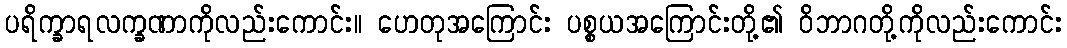
ပရိက္ခာရလက္ခဏာကိုလည်းကောင်း။ ဟေတုအကြောင်း ပစ္စယအကြောင်းတို့၏ ဝိဘာဂတို့ကိုလည်းကောင်း